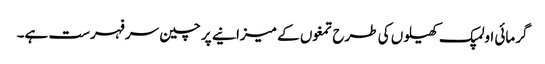
گرمائی اولمپک کھیلوں کی طرح تمغوں کے میزانیے پر چین سر فہرست ہے۔